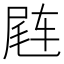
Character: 𬨊